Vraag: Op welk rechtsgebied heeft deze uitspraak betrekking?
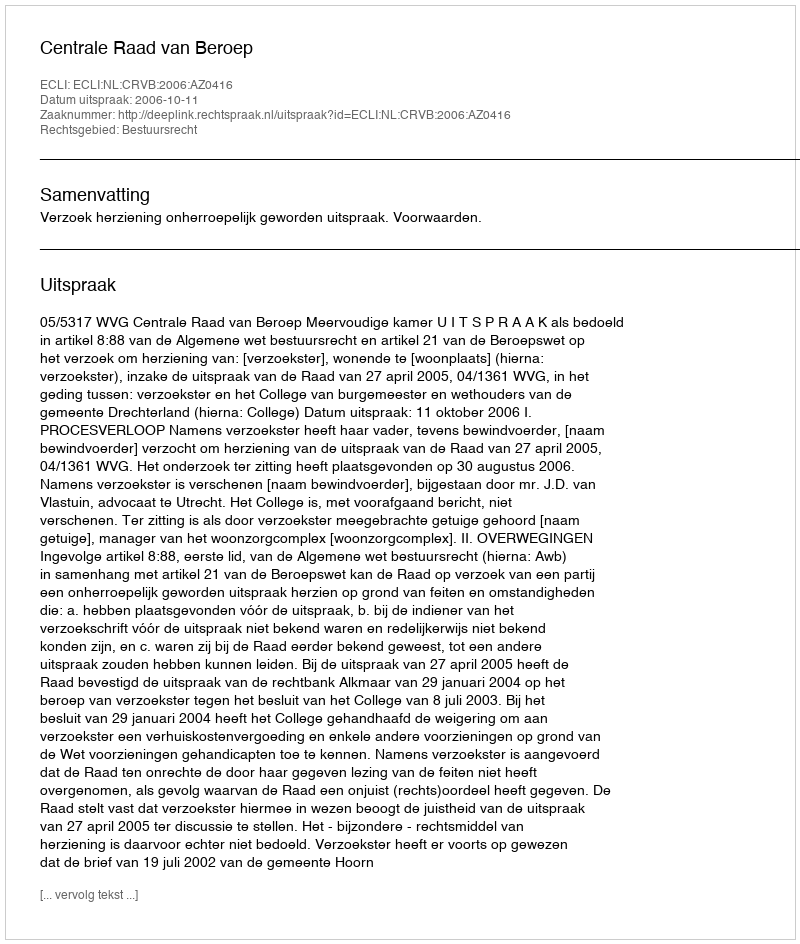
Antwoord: Bestuursrecht